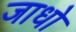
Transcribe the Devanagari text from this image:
जाधो